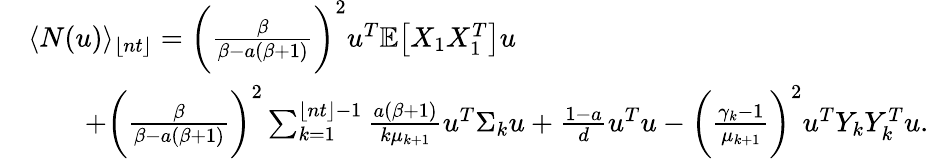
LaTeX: \begin{array}{rl}&{\langle N(u)\rangle_{\lfloor nt\rfloor}=\bigg(\frac{\beta}{\beta-a(\beta+1)}\bigg)^{2}u^{T}\mathbb{E}\big[X_{1}X_{1}^{T}\big]u}\\ &{\quad\quad+\bigg(\frac{\beta}{\beta-a(\beta+1)}\bigg)^{2}\sum_{k=1}^{{\lfloor nt\rfloor}-1}\frac{a(\beta+1)}{k\mu_{k+1}}u^{T}\Sigma_{k}u+\frac{1-a}{d}u^{T}u-\bigg(\frac{\gamma_{k}-1}{\mu_{k+1}}\bigg)^{2}u^{T}Y_{k}Y_{k}^{T}u.}\end{array}